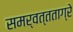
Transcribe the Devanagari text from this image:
समर्वत्तताग्रे